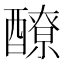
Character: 𨣀